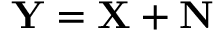
\mathbf { Y } = \mathbf { X } + \mathbf { N }